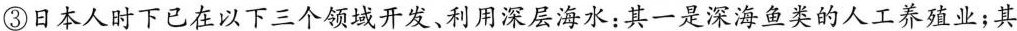
③日本人时下已在以下三个领域开发、利用深层海水：其一是深海鱼类的人工养殖业；其